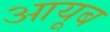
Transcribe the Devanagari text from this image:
आयूब